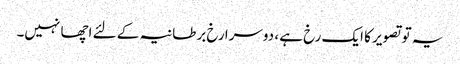
یہ تو تصویر کا ایک رخ ہے ، دوسرا رخ برطانیہ کے لئے اچھا نہیں۔